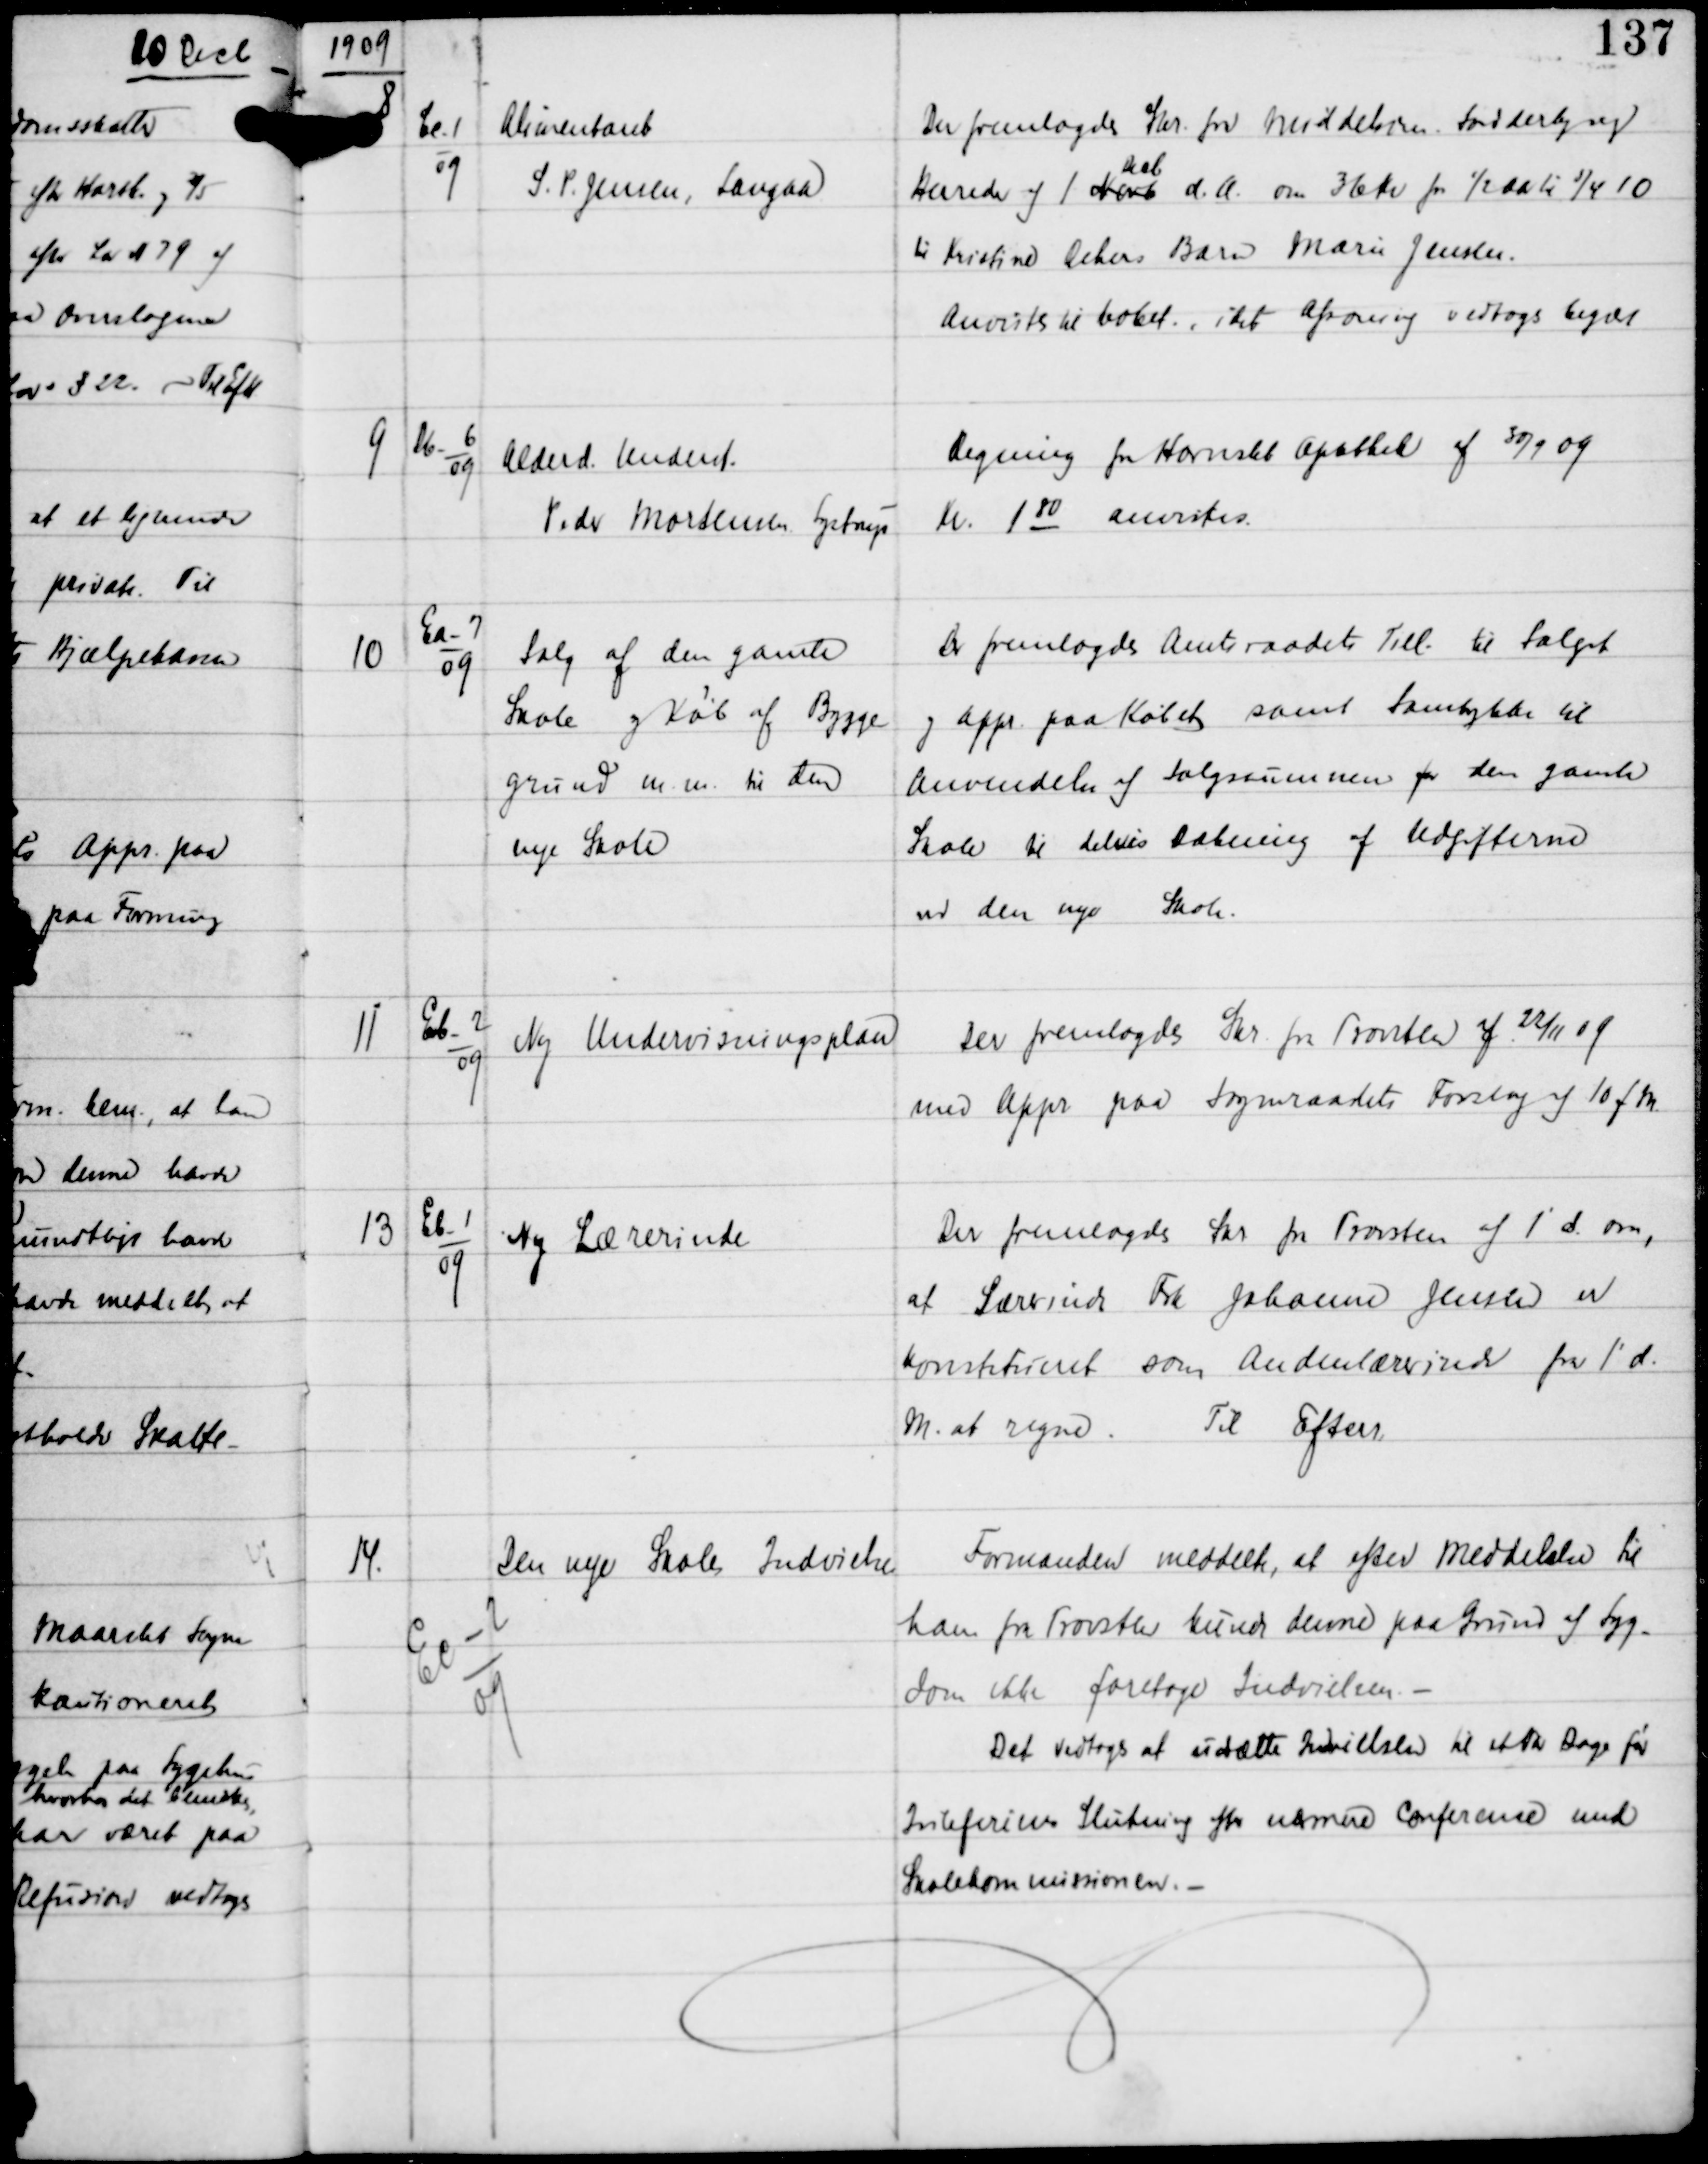
Transskription:
1909

8

Cc-1
09

Alimentant
S.P. Jensen, Langaa

Der fremlagdes Skr fra Middelsom-Sønderlyng
Herreder af 1 Novb
Decb
d.A om 36 Kr for ½ Aar til 5/4 10
til Kristine Rehers Barn Marie Jensen.
Anvistes til bobet, iht afsoning vedtoges begær

9

Db-6
09

Alderd. Underst.
Peder Mortensen, Lystrup

Regning fra Hornslet Apothek af 30/9 09
Kr 180 anvistes.

10

Ea-7
09

Salg af den gamle
Skole og Køb af Bygge-
grund m.m. til den
nye Skole

Der fremlagdes Amsraadets Till til Salget
og Appr paa Købet samt Samtykke til
Anvendelse af Salgssummen for den gamle
Skole til delvis Dækning af Udgifterne
ved den nye Skole.

11

Eb-2
09

Ny Undervisningsplan

Der fremlagdes Skr fra Provsten af 22/11 09
med Appr paa Sogneraadets Forslag af 10 f.M.

13

Eb-1
09

Ny Lærerinde

Der fremlagdes Skr fra Provsten af 1' ds om,
at Lærerinde Frk Johanne Jensen er
konstitueret som Andenlærerinde fra 1' d
M at regne.
Til Efterr

14.

Ec-2
09

Den nye Skole Indvielse

Formanden meddelte, at efter Meddelse til
ham fra Provsten kunde denne paa Grund af Syg-
dom ikke foretage Indvielsen -
Det vedtoges at udsætte Indvielsen til et par Dage før
Juleferiens Slutning efter nærmere Conference med
Skolekommissionen. -